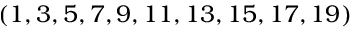
( 1 , 3 , 5 , 7 , 9 , 1 1 , 1 3 , 1 5 , 1 7 , 1 9 )